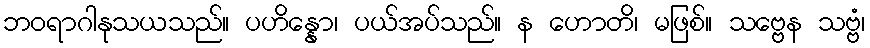
ဘဝရာဂါနုသယသည်။ ပဟိန္နော၊ ပယ်အပ်သည်။ န ဟောတိ၊ မဖြစ်။ သဗ္ဗေန သဗ္ဗံ၊